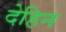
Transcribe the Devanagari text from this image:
देहिन